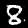
Digit: 8